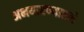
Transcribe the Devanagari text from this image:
अभयारण्यातले